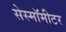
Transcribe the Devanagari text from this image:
सेस्मॉमीटर